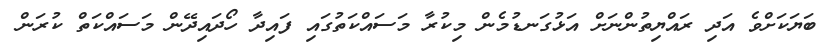
ބަޔަކަށްވެ އަދި ރައްޔިތުންނަށް އަޅުގަނޑުމެން މިކުރާ މަސައްކަތުގައި ފައިދާ ހޯދައިދޭން މަސައްކަތް ކުރަން